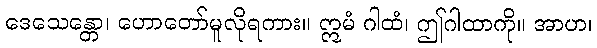
ဒေသေန္တော၊ ဟောတော်မူလိုရကား။ ဣမံ ဂါထံ၊ ဤဂါထာကို။ အာဟ၊